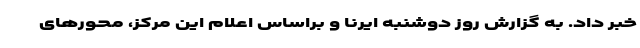
خبر داد. به گزارش روز دوشنبه ایرنا و براساس اعلام ‌این مرکز، محورهای